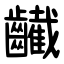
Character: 䶪